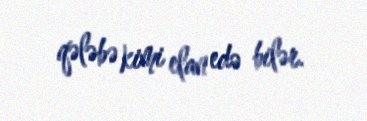
qələbə kimi elan edə bilər.